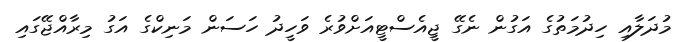
މުދަލާއި ހިދުމަތުގެ އަގުން ނެގޭ ޖީއެސްޓީއަށްވުރެ ވަހީދު ހަސަން މަނިކްގެ އަގު މިރާއްޖޭގައި